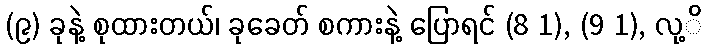
(၉) ခုနဲ့ စုထားတယ်၊ ခုခေတ် စကားနဲ့ ပြောရင် (8 1), (9 1), လု့ိ